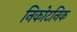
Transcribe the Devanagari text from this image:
निकोटनिक